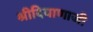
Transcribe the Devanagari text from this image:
श्रीदियाणाजी